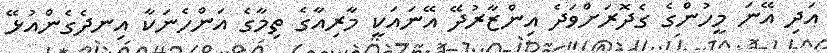
އަދި އޭނަ މީހުންގެ ގެދޮރަށްވަދެ އިންޒާރުދޭ އޭނައަކީ މާރިއާގެ ތިމާގެ އަންހެނަކާ އިނދެގެންއުޅޭ